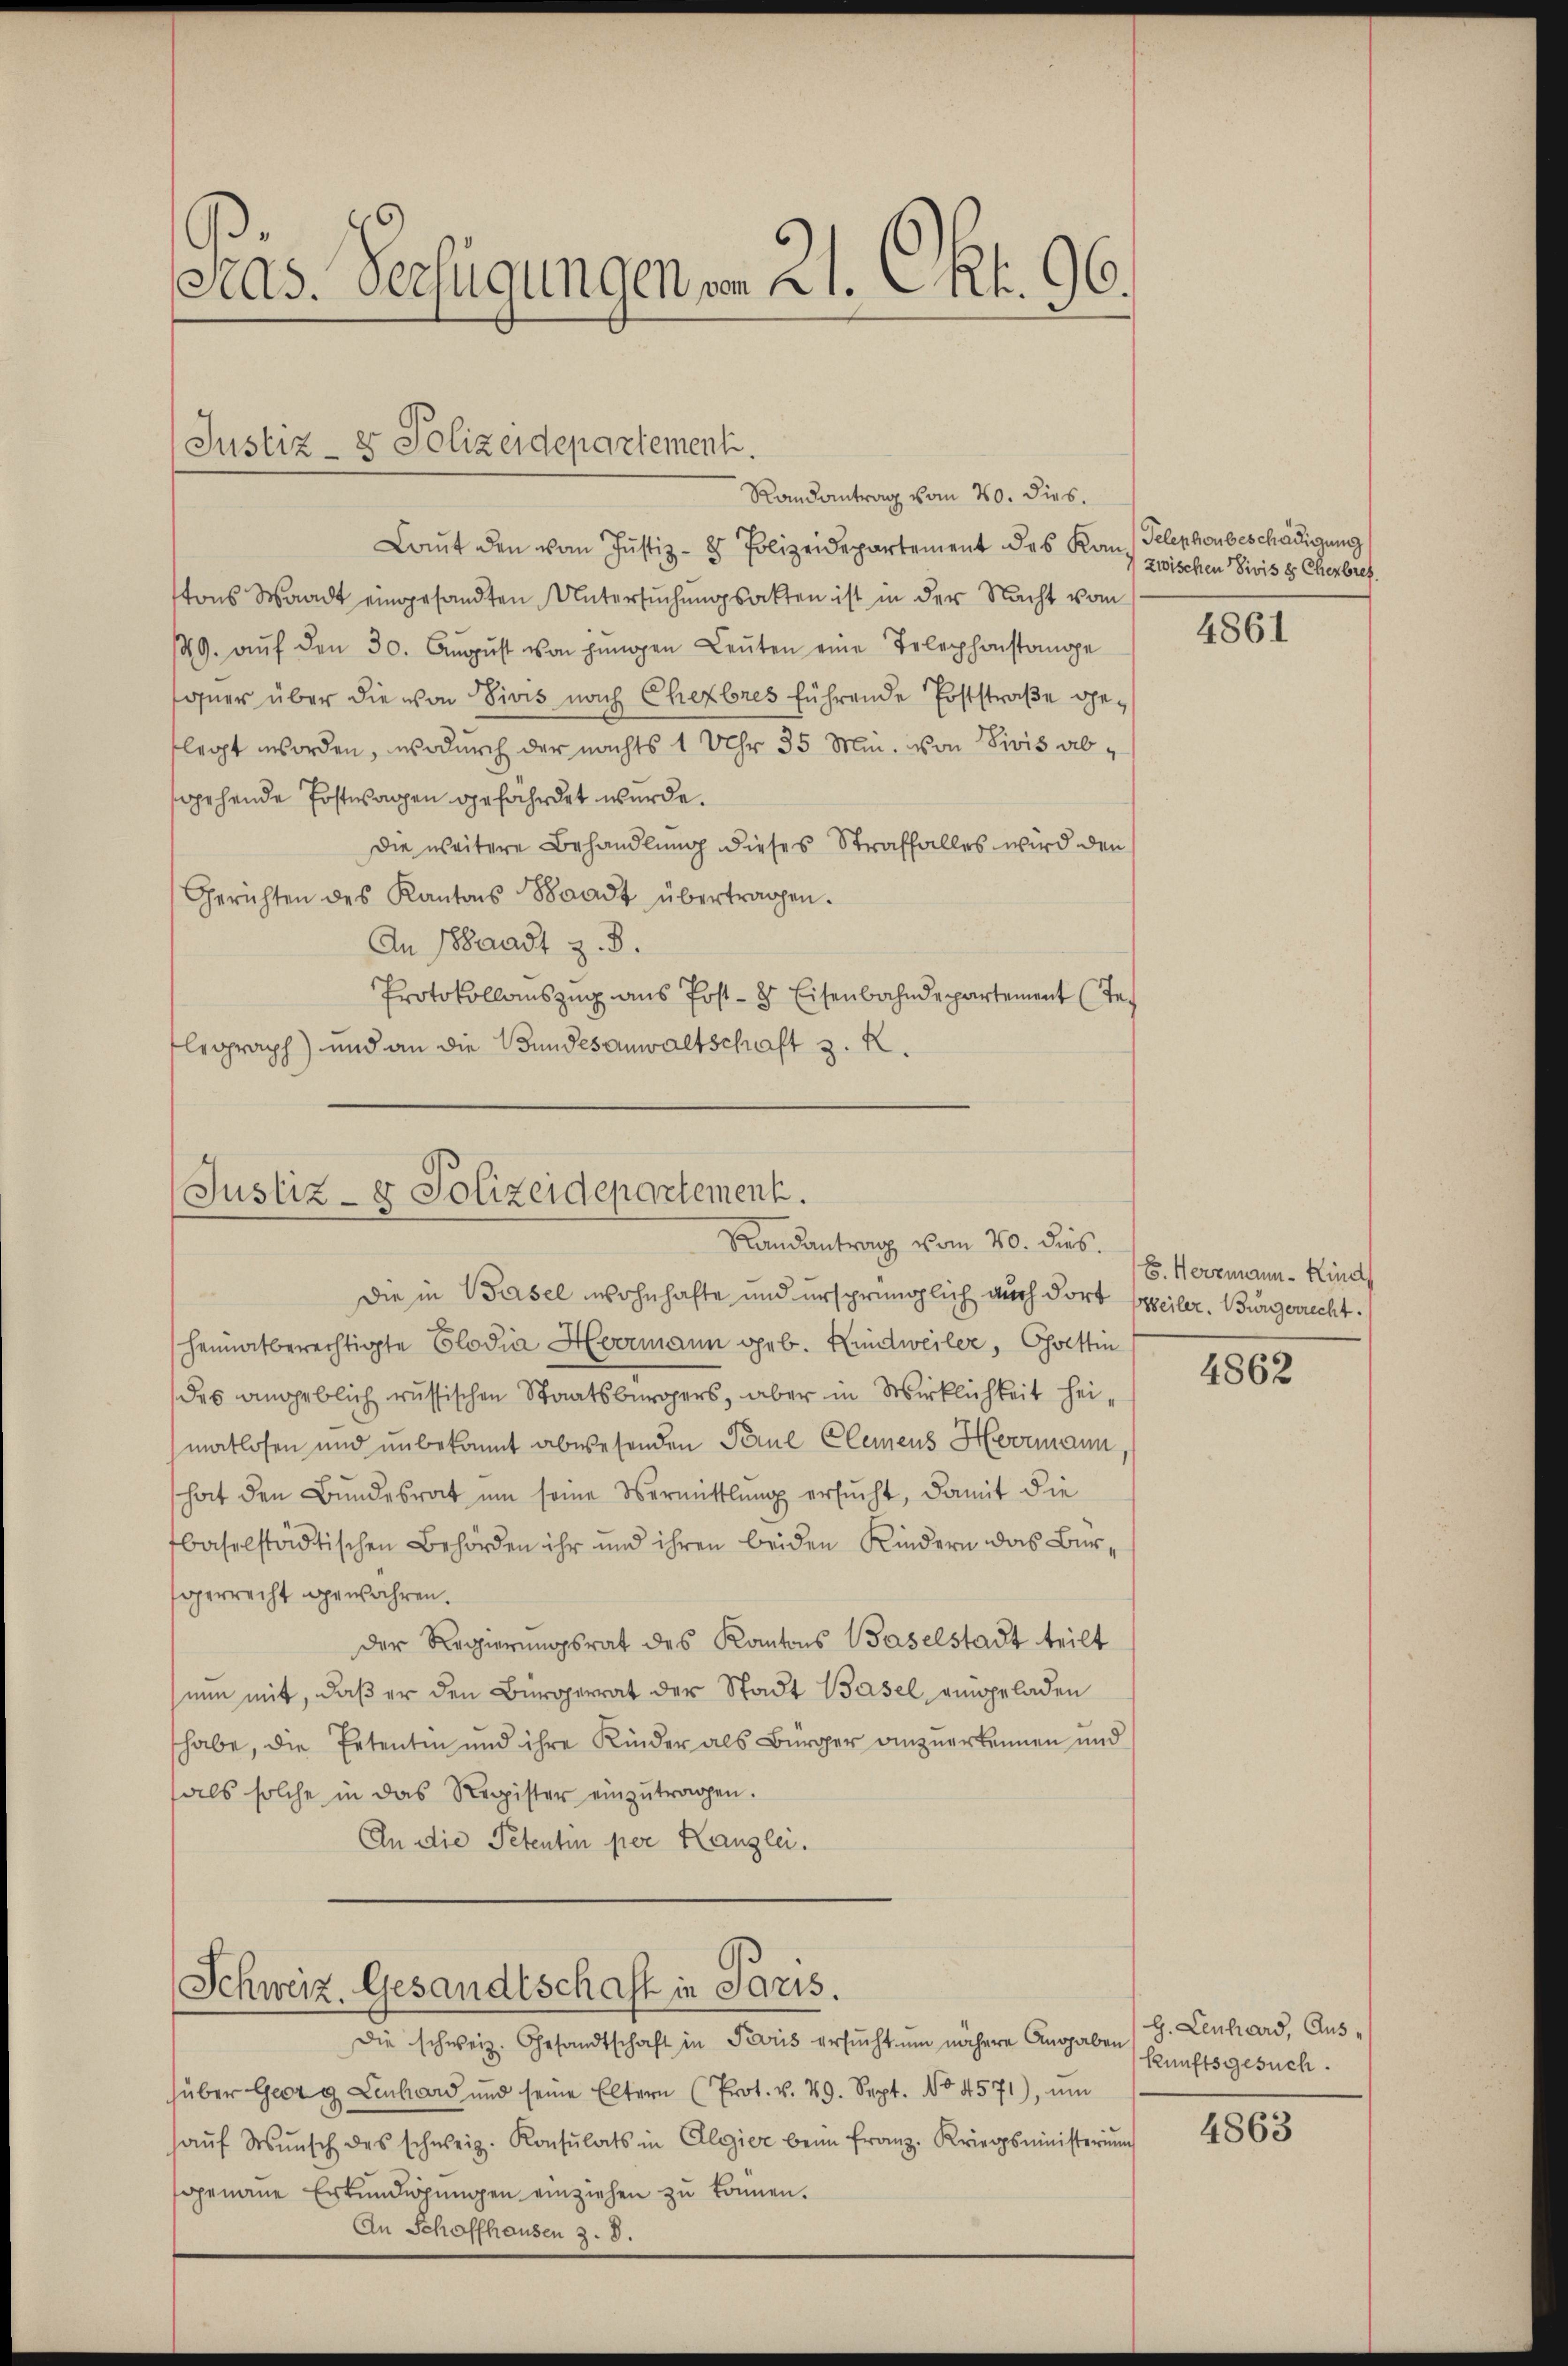
Präs. Verfügungen von 21. Okt. 96.

Die in Basel wohnhafte und ursprünglich auch dort Weiler. Bürgerrecht
heimatberechtigte Elodia Herrmann geb. Kindweiler, Goettin
des angeblich russischen Staatsbürgers, aber in Wirklichkeit heimatlosen und unbekannt abwesenden Paul Clemens Hermann
hat den Bundesrat um seine Vermittlung ersucht, damit die
baselstädtischen Behörden ihr und ihren beiden Kindern das Bürgerrecht gewähren.
der Regierungsrat des Kantons Baselstadt teilt
nun mit, daß er den Bürgerrat der Stadt Basel eingeladen
habe, die Petentin und ihre Kinder als Bürger anzuerkennen und
als solche in das Register einzŭtragen.
An die Petentin per Kanzlei.
Schweiz. Gesandtschaft in Paris.
Die schweiz. Gesandtschaft in Paris ersŭcht um nähere Angaben (S. Lenhard, Aus-
hüber Georg Lenchard und seine Eltern (Prot. v. 29. Sept. No 4571), ŭm
haŭf Wŭnsch des schweiz. Konsulats in Algier beim franz. Kriegsministerŭn
genaue Erkundigungen einziehen zu können.
An Schaffhausen z. 8.

Justiz- & Polizeidepartement.

Randantrag vom 20. dies.
Laut den vom Justiz- & Polizeidepartement des Kan Telephonbeschädigung
tons Waadt eingesandten Untersuchungsakten ist in der Nacht vom
149. aŭf den 30. Aŭgŭst von jungen Leŭten eine Telephonstange
guer über die von Divis nach Ehebres führende Poststraße gelegt worden, wodurch der nachts 1 Uhr 35 Min. von Sivis abgehende Postwachen gefährdet werde.
Die weitere Behandlung dieses Straffalles wird den
Gerichten des Kantons Waadt übertragen.
An Waadt z. B.
Protokollauszug aus Post- & Eisenbahndepartement (Telegraph) und an die Bundesanwaltschaft z. R.

Justiz- & Polizeidepartement.
Randantrag vom 20. dies.

zwischen Divis 8 Cherbres.

4861

E. Herzmann Kind

4862

kunftsgesuch.
4863